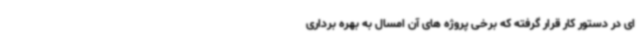
ای در دستور کار قرار گرفته که برخی پروژه های آن امسال به بهره برداری